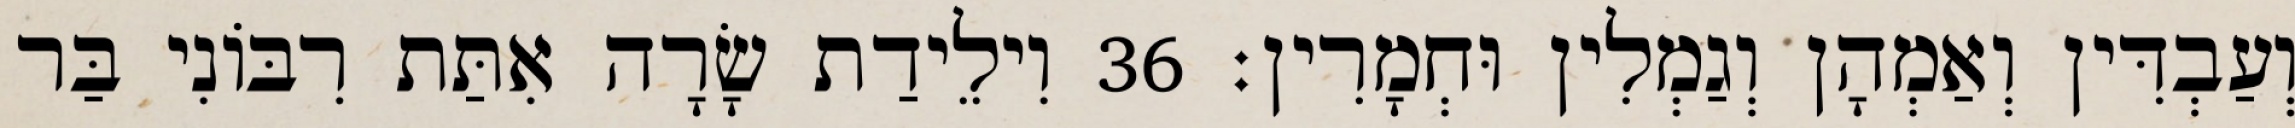
וְעַבְדִּין וְאַמְהָן וְגַמְלִין וּחְמָרִין׃ 36 וִילֵידַת שָׂרָה אִתַּת רִבּוֹנִי בַּר